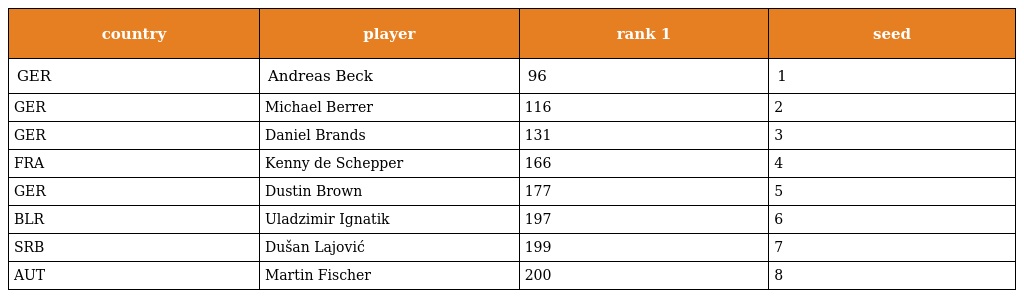
| country | player | rank 1 | seed |
 | --- | --- | --- | --- |
 | GER | Andreas Beck | 96 | 1 |
 | GER | Michael Berrer | 116 | 2 |
 | GER | Daniel Brands | 131 | 3 |
 | FRA | Kenny de Schepper | 166 | 4 |
 | GER | Dustin Brown | 177 | 5 |
 | BLR | Uladzimir Ignatik | 197 | 6 |
 | SRB | Dušan Lajović | 199 | 7 |
 | AUT | Martin Fischer | 200 | 8 |